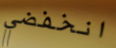
انخفضي